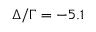
\Delta / \Gamma = - 5 . 1